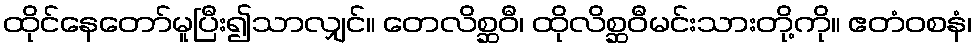
ထိုင်နေတော်မူပြီး၍သာလျှင်။ တေလိစ္ဆဝီ၊ ထိုလိစ္ဆဝီမင်းသားတို့ကို။ ဧတံဝစနံ၊